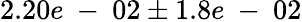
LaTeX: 2.20e\mathrm{~-~}02\pm 1.8e\mathrm{~-~}02